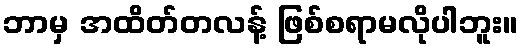
ဘာမှ အထိတ်တလန့် ဖြစ်စရာမလိုပါဘူး။